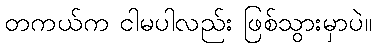
တကယ်က ငါမပါလည်း ဖြစ်သွားမှာပဲ။